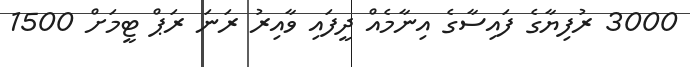
3000 ރުފިޔާގެ ފައިސާގެ އިނާމެއް ދީފައި ވާއިރު ރަނަ ރަޕް ޓީމަށް 1500